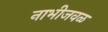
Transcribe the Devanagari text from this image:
नाभीजवळ